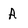
Character: A